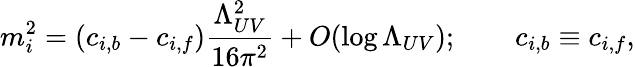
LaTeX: m_{i}^{2}=(c_{i,b}-c_{i,f}){\frac{\Lambda_{UV}^{2}}{16\pi^{2}}}+O(\log\Lambda_{UV});\qquad c_{i,b}\equiv c_{i,f},